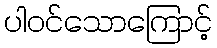
ပါဝင်သောကြောင့်